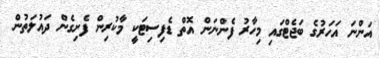
އަންނަ އަހަރުގެ ބަޖެޓްގައި މިހާރު ފެންނަން އޮތް ޑެފިސިޓަކީ މާކުރިން ފެށިގެން ދައުލަތުން